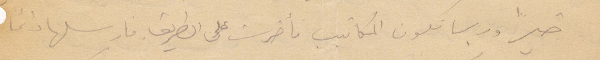
خيرًا وربما تكون المكاتيب تأخرت على الطريق فأرسلها دائمًا